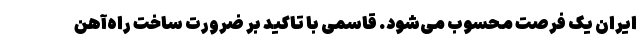
ایران یک فرصت محسوب می‌شود. قاسمی با تاکید بر ضرورت ساخت راه‌آهن